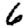
Digit: 6